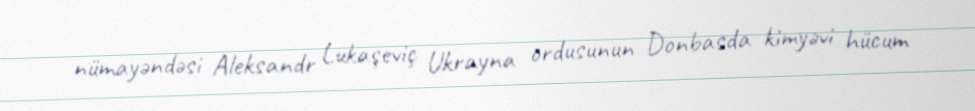
nümayəndəsi Aleksandr Lukaşeviç Ukrayna ordusunun Donbasda kimyəvi hücum